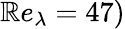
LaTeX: \mathbb{R}e_{\lambda}=47)